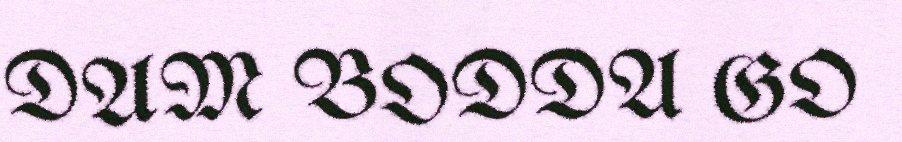
DAM BODDA GO